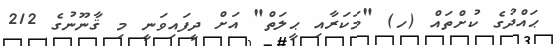
ޙައްދުގެ ކުށްތައް (ހ) "މަކަރާއި ޙީލަތް" އަށް ދީފައިވަނީ މި ޤާނޫނުގެ 212